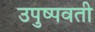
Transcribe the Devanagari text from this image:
उपुष्पवती